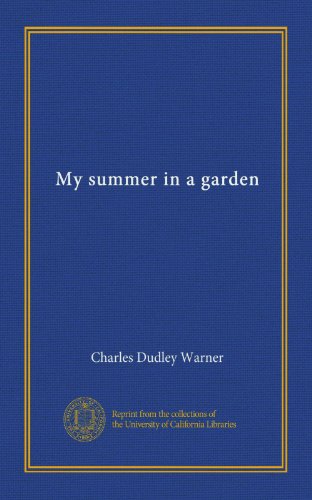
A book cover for My summer in a garden; Charles Dudley Warner; Crafts, Hobbies & Home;